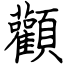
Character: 顴